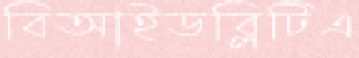
বিআইডব্লিটিএ